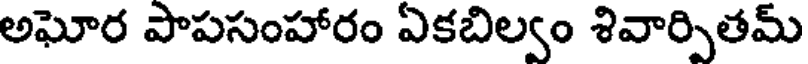
అఘోర పాపసంహారం ఏకబిల్వం శివార్పితమ్